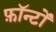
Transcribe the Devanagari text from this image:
फ़ॉन्टों